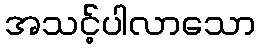
အသင့်ပါလာသော